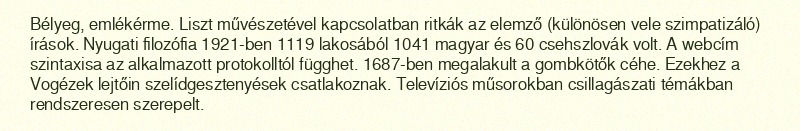
Bélyeg, emlékérme. Liszt művészetével kapcsolatban ritkák az elemző (különösen vele szimpatizáló) írások. Nyugati filozófia 1921-ben 1119 lakosából 1041 magyar és 60 csehszlovák volt. A webcím szintaxisa az alkalmazott protokolltól függhet. 1687-ben megalakult a gombkötők céhe. Ezekhez a Vogézek lejtőin szelídgesztenyések csatlakoznak. Televíziós műsorokban csillagászati témákban rendszeresen szerepelt.